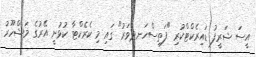
އީސަ ޝަރީފު ޑައިރެކްޓްކުރި "ފަތިސްހަނދުވަރު" ގައި މި ކެރެކްޓާ ކުޅުނީ އޭރުގެ މަޝްހޫރު